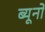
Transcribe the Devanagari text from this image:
ब्यूनो